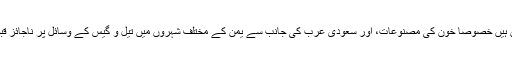
یمنی وزیر صحت نے مزید کہا کہ یمن میں ضروری دوائیں بھی موجود نہیں ہیں خصوصا خون کی مصنوعات، اور سعودی عرب کی جانب سے یمن کے مختلف شہروں میں تیل و گیس کے وسائل پر ناجائز قبضے کی وجہ سے یمن کے طبی اور صحت کے شعبے پر گہرا اثر پڑا ہے۔